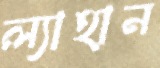
ল্যাহান